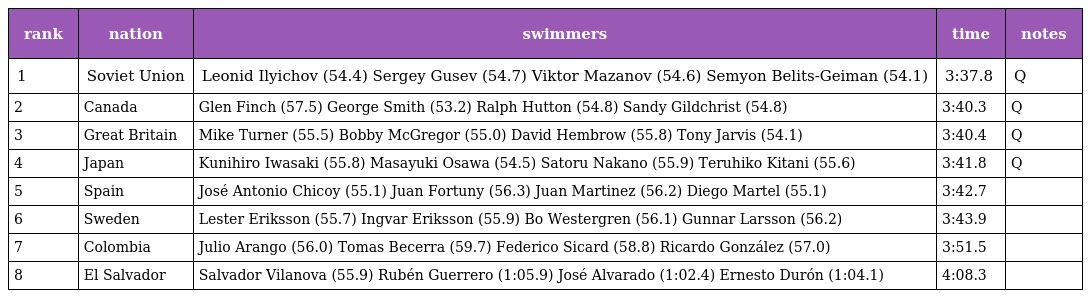
| rank | nation | swimmers | time | notes |
 | --- | --- | --- | --- | --- |
 | 1 | Soviet Union | Leonid Ilyichov (54.4) Sergey Gusev (54.7) Viktor Mazanov (54.6) Semyon Belits-Geiman (54.1) | 3:37.8 | Q |
 | 2 | Canada | Glen Finch (57.5) George Smith (53.2) Ralph Hutton (54.8) Sandy Gildchrist (54.8) | 3:40.3 | Q |
 | 3 | Great Britain | Mike Turner (55.5) Bobby McGregor (55.0) David Hembrow (55.8) Tony Jarvis (54.1) | 3:40.4 | Q |
 | 4 | Japan | Kunihiro Iwasaki (55.8) Masayuki Osawa (54.5) Satoru Nakano (55.9) Teruhiko Kitani (55.6) | 3:41.8 | Q |
 | 5 | Spain | José Antonio Chicoy (55.1) Juan Fortuny (56.3) Juan Martinez (56.2) Diego Martel (55.1) | 3:42.7 |  |
 | 6 | Sweden | Lester Eriksson (55.7) Ingvar Eriksson (55.9) Bo Westergren (56.1) Gunnar Larsson (56.2) | 3:43.9 |  |
 | 7 | Colombia | Julio Arango (56.0) Tomas Becerra (59.7) Federico Sicard (58.8) Ricardo González (57.0) | 3:51.5 |  |
 | 8 | El Salvador | Salvador Vilanova (55.9) Rubén Guerrero (1:05.9) José Alvarado (1:02.4) Ernesto Durón (1:04.1) | 4:08.3 |  |